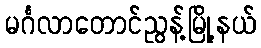
မင်္ဂလာတောင်ညွန့်မြို့နယ်